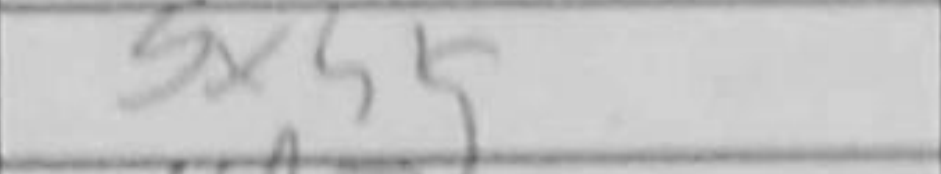
Transcription: gxh5